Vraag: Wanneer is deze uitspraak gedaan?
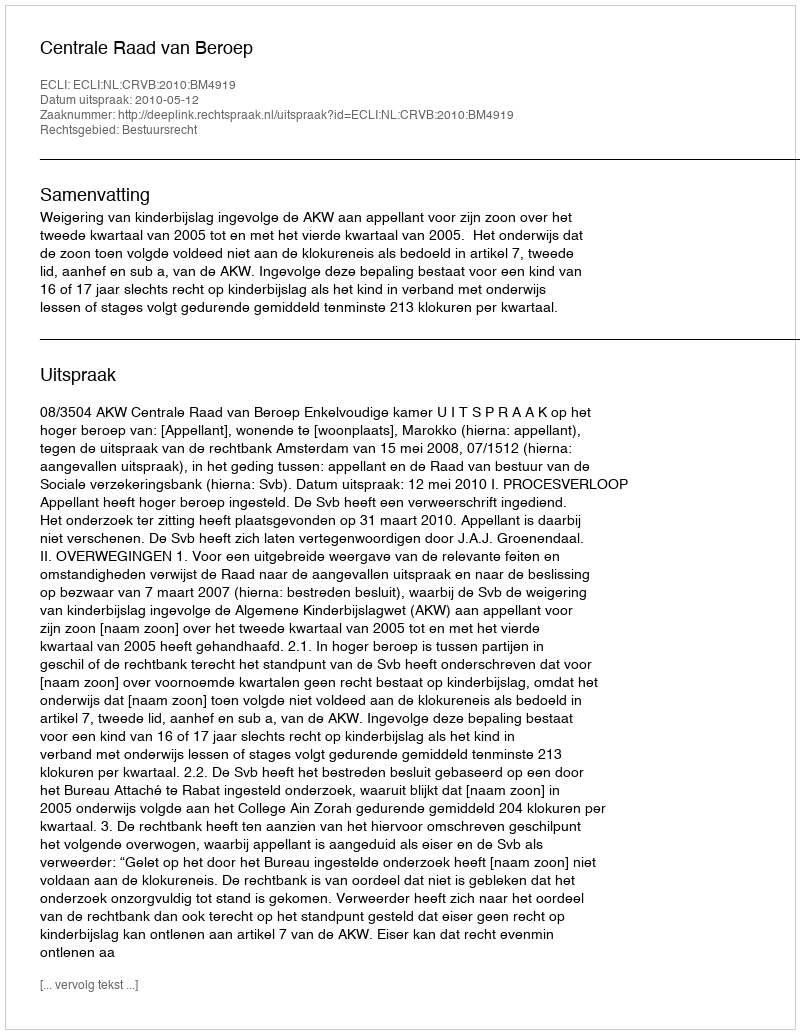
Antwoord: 2010-05-12